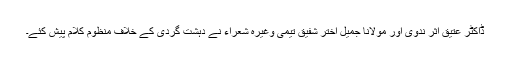
ڈاکٹر عتیق اثر ندوی اور مولانا جمیل اختر شفیق تیمی وغیرہ شعراء نے دہشت گردی کے خلاف منظوم کلام پیش کئے۔